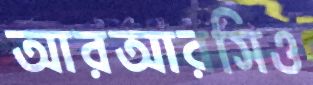
আরআরসিও